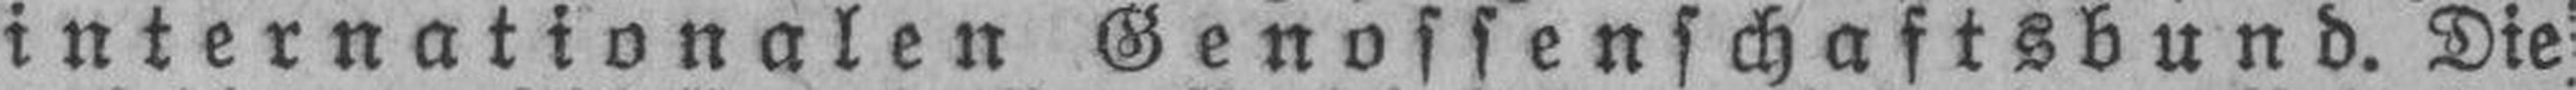
internationalen Genossenschaftsbund. Die